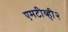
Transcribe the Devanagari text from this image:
एमटीव्ही२